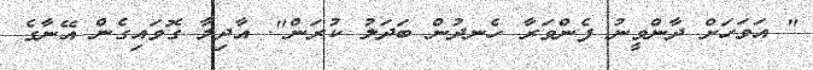
" އަވަހަށް ދާންވީނު ފެންވަރާ ހެނދުން ބަދަލު ކުރަން". އާދިލާ ގޮވައިގެން އޭނާގެ